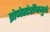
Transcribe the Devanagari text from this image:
प्रोजेस्टेरॉनमुळे